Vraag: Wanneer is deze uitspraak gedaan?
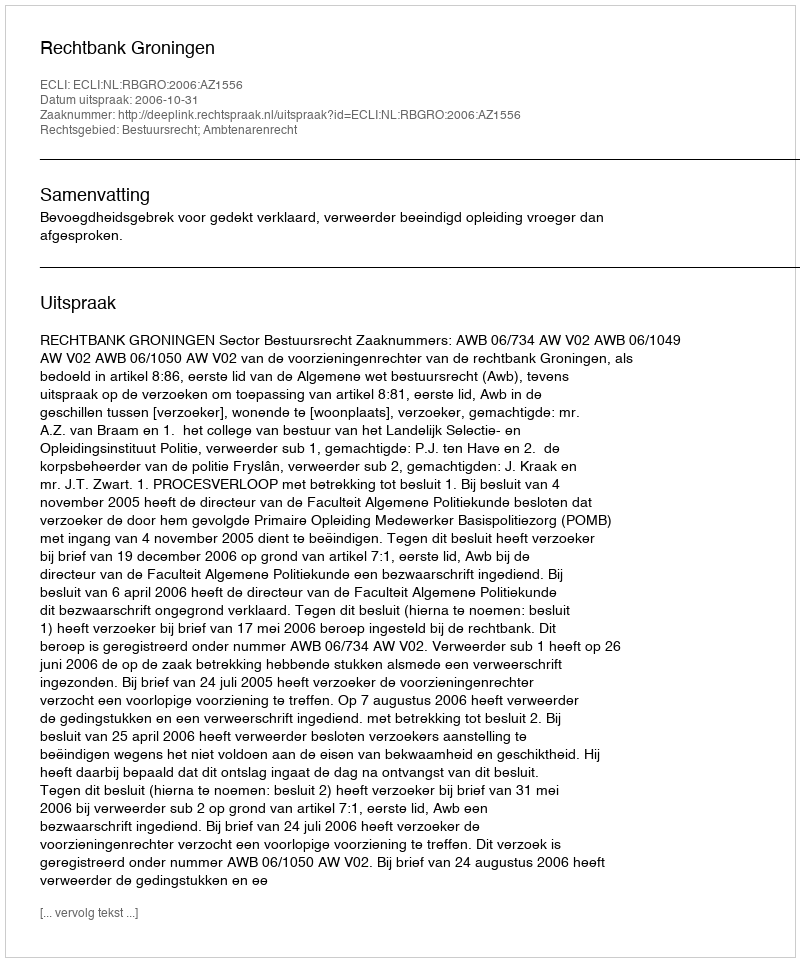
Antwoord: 2006-10-31